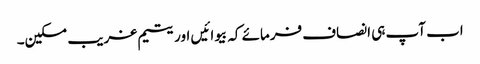
اب آپ ہی انصاف فرمائے کہ بیوائیں اور یتیم غریب مسکین۔